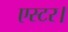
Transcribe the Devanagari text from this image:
एस्टर।